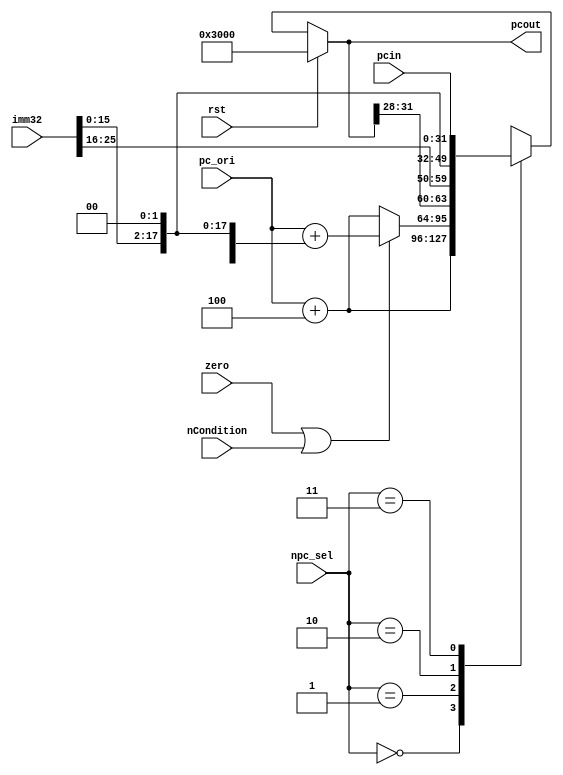
module npc(rst, pcin, pc_ori, npc_sel, zero, imm32, pcout, nCondition);
  
  input rst;
  input zero;
  input nCondition;
  input [1:0] npc_sel;
  input [31:0] pcin, pc_ori,imm32;  //  pcin is gpr[rs]   pc_ori is original pc   imm32 is the current ins
  output [31:0] pcout;
  
  
  
  wire [15:0] imm;
  wire [31:0] temp, extout, j_addr;
  reg [31:0] pcnew;
  reg [31:0] pcout;
  
  
  assign imm = imm32[15:0];
  assign temp = {{16{imm[15]}}, imm};
  assign extout = temp << 2;
  assign j_addr = {pcout[31:28], imm32[25:0], 2'b00};
  
  initial
    begin
      pcout <= 32'h0000_3000;
    end
  
  always@(pcnew, rst)
  begin
    if(rst)
      begin
        pcout = 32'h0000_3000;
      end
    else
      begin
        pcout = pcnew;
      end
  end
  
  always@(*)
  begin
    case(npc_sel) //00:gpr[rs] 01:beq  10:j jal  11:jr
      2'b00: 
        begin
          pcnew = pc_ori + 4;
        end
        
      2'b01: 
        begin
          if(zero | nCondition)
            begin
              pcnew = pc_ori + extout;
            end
          else
            begin
              pcnew = pc_ori + 4;
            end
        end
        
      2'b10:
        begin
          pcnew = j_addr;
        end
        
      2'b11:
        begin
          pcnew = pcin;
        end
        
      default: pcnew = pc_ori + 4;
    endcase
  end

  
  
endmodule